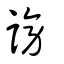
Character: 謗